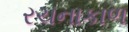
રચનાકાળ